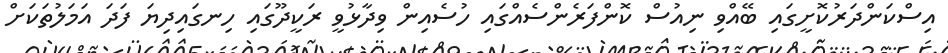
އިސްކަންދަރުކޮށީގައި ބޭއްވި ނިއުސް ކޮންފަރެންސެއްގައި ހުސެއިން ވިދާޅުވީ ރަކީދޫގައި ހިނގައިދިޔަ ފަދަ އަމަލުތަކަށް